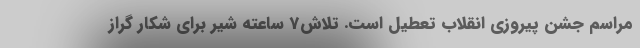
مراسم جشن پیروزی انقلاب تعطیل است. تلاش7 ساعته شیر برای شکار گراز